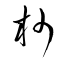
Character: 杪